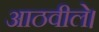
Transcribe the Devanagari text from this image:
आठवीले।